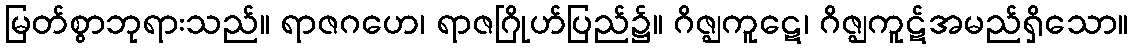
မြတ်စွာဘုရားသည်။ ရာဇဂဟေ၊ ရာဇဂြိုဟ်ပြည်၌။ ဂိဇ္ဈကူဋေ၊ ဂိဇ္ဈကူဋ်အမည်ရှိသော။